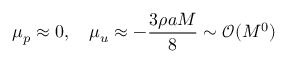
\mu _ { p } \approx 0 , \quad \mu _ { u } \approx - \frac { 3 \rho a M } { 8 } \sim \mathcal { O } ( M ^ { 0 } )